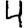
Digit: 4